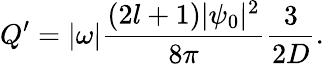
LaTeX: Q^{\prime}=|\omega|\frac{(2l+1)|\psi_{0}|^{2}}{8\pi}\frac{3}{2D}.